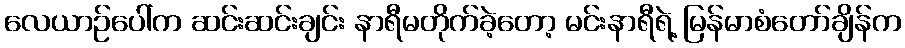
လေယာဉ်ပေါ်က ဆင်းဆင်းချင်း နာရီမတိုက်ခဲ့တော့ မင်းနာရီရဲ့ မြန်မာစံတော်ချိန်က